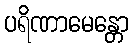
ပရိဏာမေန္တော